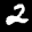
Label: 2